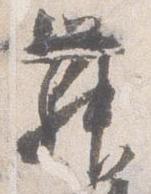
舞